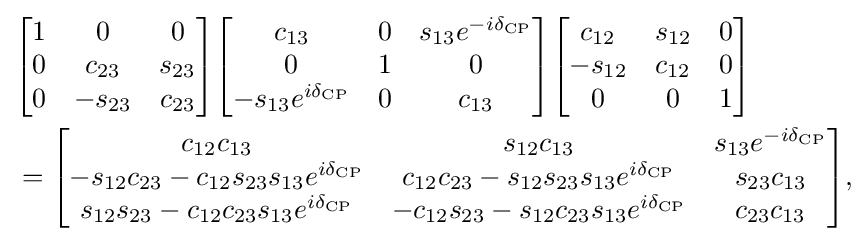
{\begin{aligned}&{\begin{bmatrix}1&0&0\\0&c_{23}&s_{23}\\0&-s_{23}&c_{23}\end{bmatrix}}{\begin{bmatrix}c_{13}&0&s_{13}e^{-i\delta _{\mathrm {CP} }}\\0&1&0\\-s_{13}e^{i\delta _{\mathrm {CP} }}&0&c_{13}\end{bmatrix}}{\begin{bmatrix}c_{12}&s_{12}&0\\-s_{12}&c_{12}&0\\0&0&1\end{bmatrix}}\\&={\begin{bmatrix}c_{12}c_{13}&s_{12}c_{13}&s_{13}e^{-i\delta _{\mathrm {CP} }}\\-s_{12}c_{23}-c_{12}s_{23}s_{13}e^{i\delta _{\mathrm {CP} }}&c_{12}c_{23}-s_{12}s_{23}s_{13}e^{i\delta _{\mathrm {CP} }}&s_{23}c_{13}\\s_{12}s_{23}-c_{12}c_{23}s_{13}e^{i\delta _{\mathrm {CP} }}&-c_{12}s_{23}-s_{12}c_{23}s_{13}e^{i\delta _{\mathrm {CP} }}&c_{23}c_{13}\end{bmatrix}},\end{aligned}}